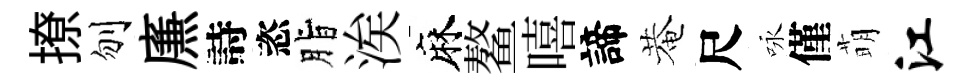
撩刎㢘詩恣脂涘麻鳌嘻諦菴尺咏僅萌江